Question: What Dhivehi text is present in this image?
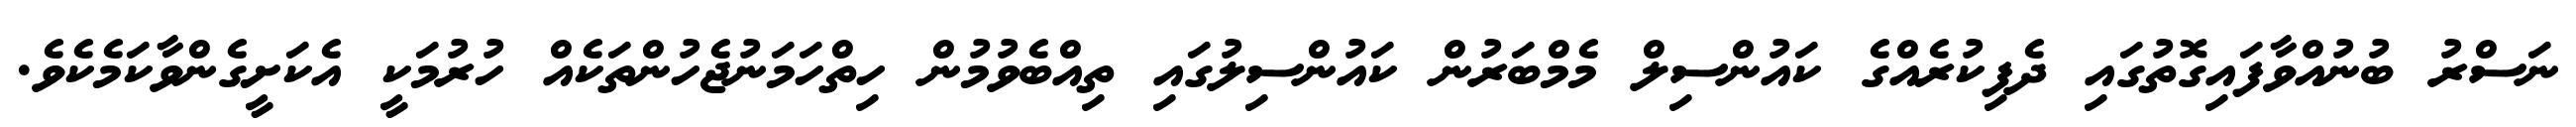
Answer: ނަސްރު ބުނުއްވާފައިގޮތުގައި ދެފިކުރެއްގެ ކައުންސިލް މެމްބަރުން ކައުންސިލުގައި ތިއްބެވުމުން ހިތްހަމަނުޖެހުންތަކެއް ހުރުމަކީ އެކަށީގެންވާކަމެކެވެ.